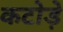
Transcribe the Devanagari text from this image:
कटोड़े